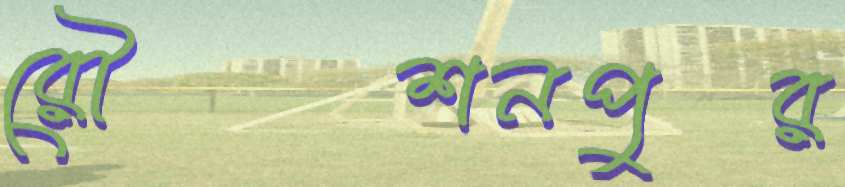
রৌশনপুর